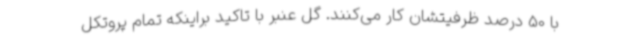
با 50 درصد ظرفیتشان کار می‌کنند. گل عنبر با تاکید براینکه تمام پروتکل